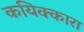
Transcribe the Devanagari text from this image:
कयिक्कारा